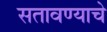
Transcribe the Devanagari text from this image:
सतावण्याचे